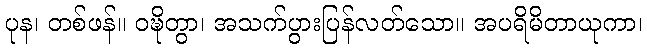
ပုန၊ တစ်ဖန်။ ဝဍ္ဎိတွာ၊ အသက်ပွားပြန်လတ်သော။ အပရိမိတာယုကာ၊